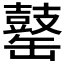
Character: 𪔕